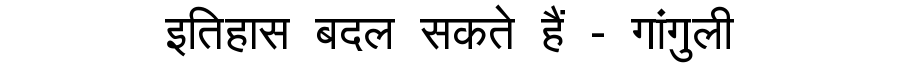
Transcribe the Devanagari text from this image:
इतिहास बदल सकते हैं - गांगुली